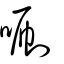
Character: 唰